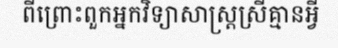
ពីព្រោះពួកអ្នកវិទ្យាសាស្ត្រស្រីគ្មានអ្វី